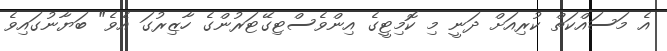
އެ މަސައްކަތް ކުރިއަށް ދަނީ މި ކޮމިޓީގެ އިންވެސްޓިގޭޓަރުންގެ ހާޒިރުގަ އެވެ" ބަޔާނުގައިވެ